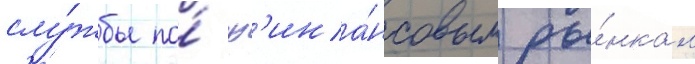
слу́жбы по́ ф'ина́нсовым ры́нкам